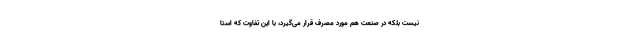
نیست بلکه در صنعت هم مورد مصرف قرار می‌گیرد، با این تفاوت که استا